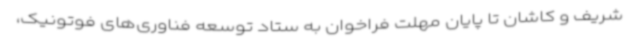
شریف و کاشان تا پایان مهلت فراخوان به ستاد توسعه فناوری‌های فوتونیک،